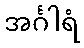
အင်္ဂါရံ